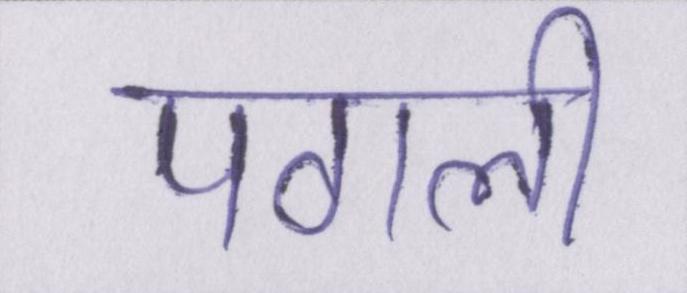
पगली